Vaccine operations Central Provinces 1868-1885 - 1868-1885
Year: 1868
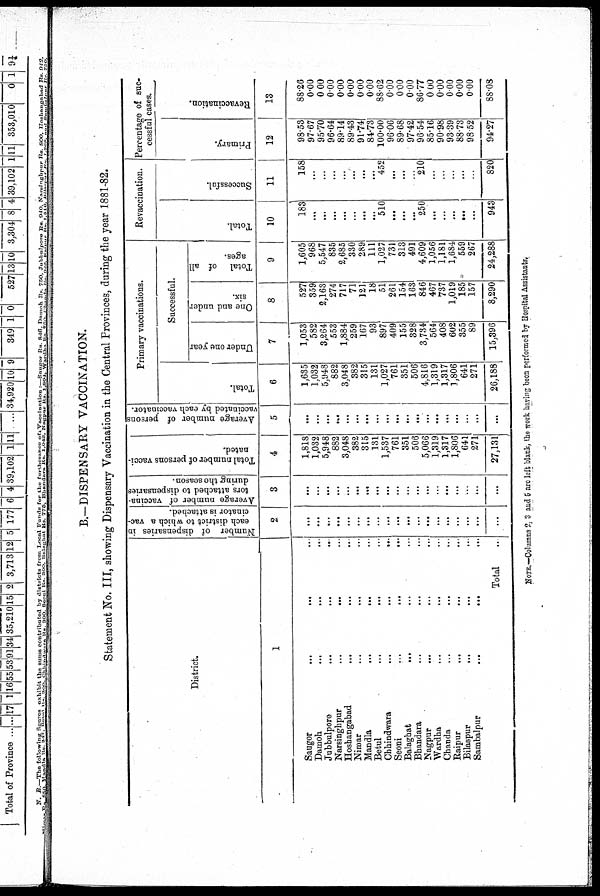
B.—DISPENSARY VACCINATION.
Statement No. III, showing Dispensary Vaccination in the Central Provinces, during the year 1881-82.
District.
1
Saugor... ... ...
...
Damoh...
...
...
...
Jubbulpore...
...
...
...
Narsinghpur...
...
...
...
Hoshangabad... ... ... ...
Nimar...
...
...
...
Mandla...
...
...
...
Betul... ... ... ...
Chhindwara...
...
...
...
Seoni...
...
...
...
Balaghat... ... ... ...
Bhandara... ... ... ...
Nagpur... ... ...
Wardha... ... ... ...
Chanda... ... ... ...
Raipur...
...
...
...
Bilaspur...
...
...
...
Sambalpur...
...
...
Total... ...
Number of dispensaries in
each district to which a vac-
cinator is attached.
2
...
...
...
...
...
...
...
...
...
...
...
...
...
...
...
...
...
...
...
Average number of vaccina-
tors attached to dispensaries
during the season.
3
...
...
...
...
...
...
...
...
...
...
...
...
...
...
...
...
...
...
...
Total number of persons vacci-
nated.
4
1,818
1,032
5,948
882
3,048
382
315
131
1,537
761
351
506
5,066
1,319
1,317
1,806
641
271
27,131
Average number of persons
vaccinated by each vaccinator.
5
...
...
...
...
...
...
...
...
...
...
...
...
...
...
...
...
...
...
...
Primary vaccinations.
Total.
6
1,635
1,032
5,948
882
3,048
382
315
131
1,027
761
351
506
4,816
1,319
1,317
1,806
641
271
26,188
Successful.
Under one year
7
1,053
582
3,264
553
1,884
259
167
93
897
409
155
328
3,734
564
408
602
355
89
15,396
One and under
six.
8
527
359
2,163
274
717
71
121
18
51
261
154
163
846
467
737
1,019
185
157
8,290
Total of all
ages.
9
1,605
968
5,547
835
2,685
330
289
111
1,027
731
313
491
4,609
1,056
1,181
1,684
559
267
24,288
Revaccination.
Total.
10
183
...
...
...
...
...
...
...
510
...
...
...
250
...
...
...
...
...
943
Successful.
11
158
...
...
...
...
...
...
...
452
...
...
...
210
...
...
...
...
...
820
Percentage of suc-
cessful cases.
Primary.
12
98.53
97.67
95.70
96.64
89.14
89.43
91.74
84.73
100.00
96.06
89.68
97.42
96.54
85.16
90.98
93.39
88.73
98.52
94.27
Revaccination.
13
88.26
0.00
0.00
0.00
0.00
0.00
0.00
0.00
88.62
0.00
0.00
0.00
86.77
0.00
0.00
0.00
0.00
0.00
88.08
NOTE.—Columns 2, 3 and 5 are left blank, the work having been performed by Hospital Assistants.